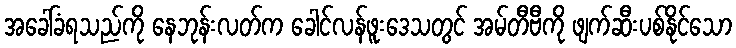
အခေါ်ခံရသည်ကို နေဘုန်းလတ်က ခေါင်လန်ဖူးဒေသတွင် အမ်တီဗီကို ဖျက်ဆီးပစ်နိုင်သော